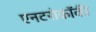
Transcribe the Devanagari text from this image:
एनटरोकॉकी